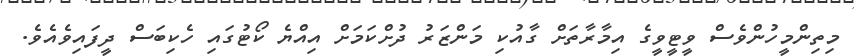
މިތިންމީހުންވެސް ވީޓީވީގެ އިމާރާތަށް ގާއުކި މަންޒަރު ދުށްކަމަށް އިއްޔެ ކޯޓުގައި ހެކިބަސް ދީފައިވެއެވެ.